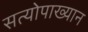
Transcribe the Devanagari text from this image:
सत्योपाख्यान